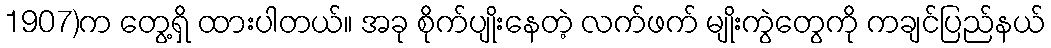
1907)က တွေ့ရှိ ထားပါတယ်။ အခု စိုက်ပျိုးနေတဲ့ လက်ဖက် မျိုးကွဲတွေကို ကချင်ပြည်နယ်